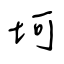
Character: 坷